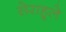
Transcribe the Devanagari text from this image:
सेराहूले